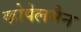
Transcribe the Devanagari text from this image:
कोपेलमैन